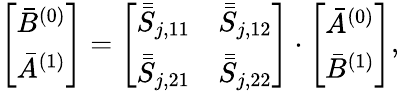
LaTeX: \left[\begin{array}{l}{\bar{B}^{(0)}}\\ {\bar{A}^{(1)}}\end{array}\right]=\left[\begin{array}{ll}{\bar{\bar{S}}_{j,11}}&{\bar{\bar{S}}_{j,12}}\\ {\bar{\bar{S}}_{j,21}}&{\bar{\bar{S}}_{j,22}}\end{array}\right]\cdot\left[\begin{array}{l}{\bar{A}^{(0)}}\\ {\bar{B}^{(1)}}\end{array}\right],